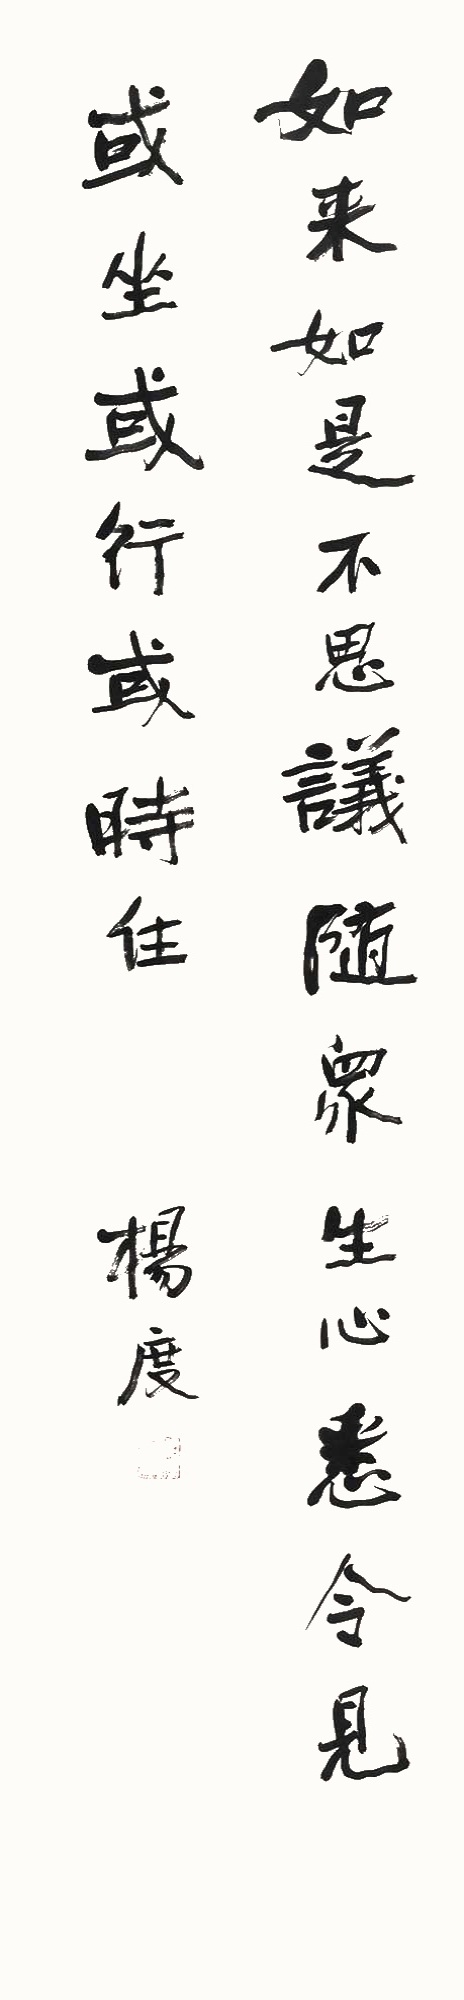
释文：如来如是不思议，随众生心悉令见，或坐或行或时住。杨度。